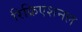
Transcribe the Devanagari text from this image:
रिक्रिएशनल